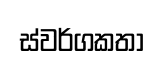
ස්වර්ගකතා